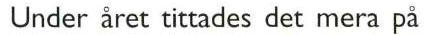
Under året tittades det mera på